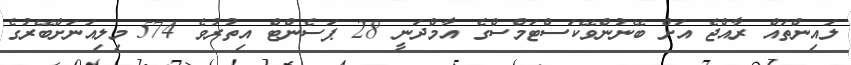
ލައިންތައް ރާއްޖެ އަށް ބޭނުންވޭކަސްޓަމްސްގެ އާމްދަނީ 28 ޕަސެންޓް އިތުރުވެ 574 މިލިއަނަށްބޭރުގެ